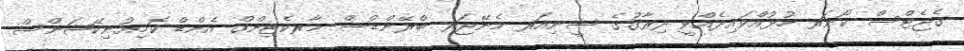
ގެޖެޓްސް ކޯނަރ ހުޅުއްވައިދެއްވީ ދިރާގުގެ ސީނިއަރ މެނޭޖަރ ބްރޭންޑްސް މާރކެޓިންގް އެންޑް ކޮމިއުނިކޭޝަންސް